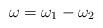
LaTeX: \begin{gather*}\omega=\omega_1-\omega_2\end{gather*}